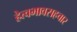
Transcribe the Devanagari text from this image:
हेत्वभावसहचार